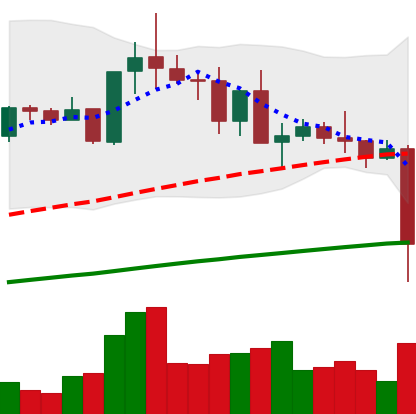
Ticker: TRX-USD
Chart end date: 2021-05-19
Forward return: -3.289%
Label: down_3_5